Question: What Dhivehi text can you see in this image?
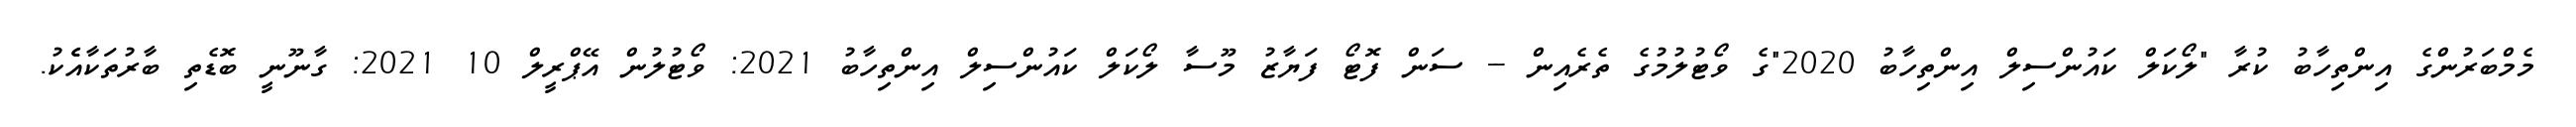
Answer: މެމްބަރުންގެ އިންތިހާބު ކުރާ "ލޯކަލް ކައުންސިލް އިންތިހާބު 2020"ގެ ވޯޓުލުމުގެ ތެރެއިން -- ސަން ފޮޓޯ ފަޔާޒު މޫސާ ލޯކަލް ކައުންސިލް އިންތިހާބު 2021: ވޯޓުލުން އޭޕްރީލް 10 2021: ގާނޫނީ ބޮޑެތި ބާރުތަކާއެެކު.